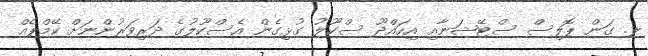
ލ. ގަން ޕޮލިސް ސްޓޭޝަނާއި އިހައްދޫ ސްކޫލު ގުޅިގެން އެސްކޫލުގެ ދަރިވަރުންނަށް ކޭމްޕެއް